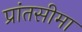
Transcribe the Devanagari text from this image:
प्रांतसीमा